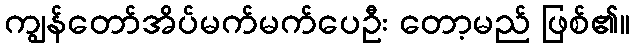
ကျွန်တော်အိပ်မက်မက်ပေဦး တော့မည် ဖြစ်၏။